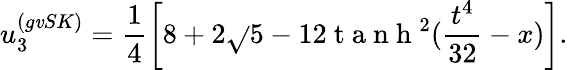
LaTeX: u_{3}^{(g\mathit{v}SK)}=\frac{{1}}{{4}}\left[8+2\sqrt{}{{5}}-12\mathrm{{~t~a~n~h~}}^{2}(\frac{{t^{4}}}{{32}}-x)\right].